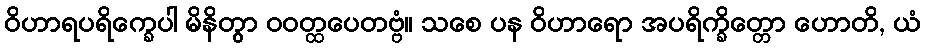
ဝိဟာရပရိက္ခေပါ မိနိတွာ ဝဝတ္ထပေတဗ္ဗံ။ သစေ ပန ဝိဟာရော အပရိက္ခိတ္တော ဟောတိ, ယံ